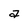
Character: a